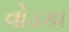
વોડકા